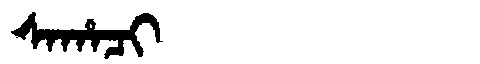
Manchu: ᠰᠠᡥᠠᠴᡳ
Romanization: SAHACI